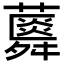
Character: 𧂌